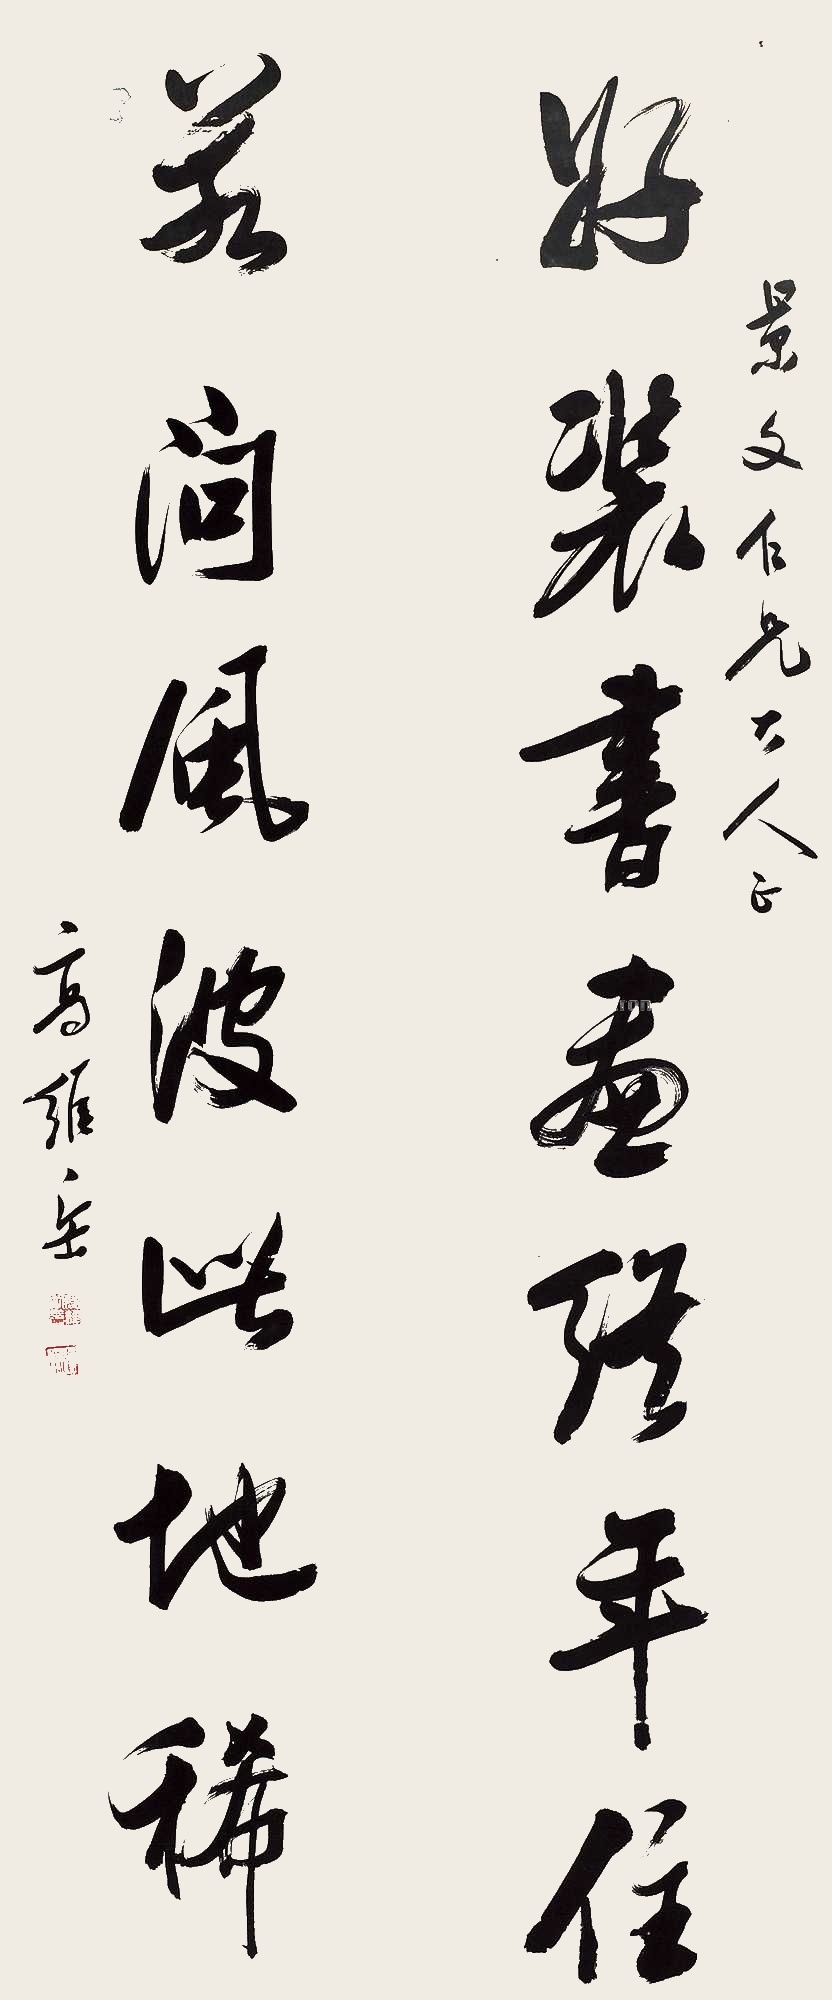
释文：好装书画终年住，欲问风波此地稀。景文仁兄大人正，高维岳。